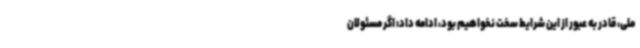
ملی، قادر به عبور از این شرایط سخت نخواهیم بود، ادامه داد: اگر مسئولان